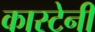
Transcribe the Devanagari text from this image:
कास्टेनी